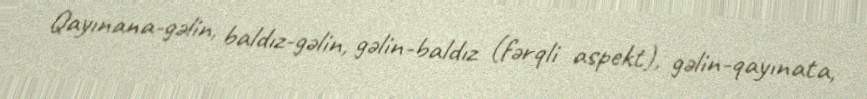
Qayınana-gəlin, baldız-gəlin, gəlin-baldız (fərqli aspekt), gəlin-qayınata,